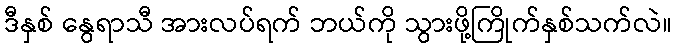
ဒီနှစ် နွေရာသီ အားလပ်ရက် ဘယ်ကို သွားဖို့ကြိုက်နှစ်သက်လဲ။